Language: tamil
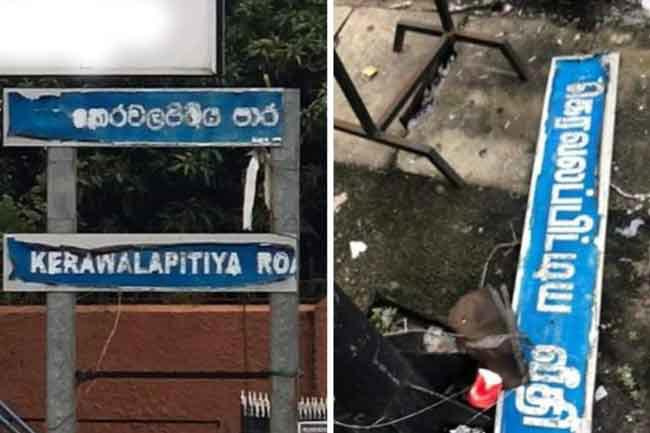
Transcription: வீதி